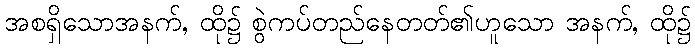
အစရှိသောအနက်, ထို၌ စွဲကပ်တည်နေတတ်၏ဟူသော အနက်, ထို၌